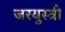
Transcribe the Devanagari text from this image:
जरयुस्त्री